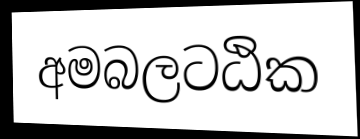
අමබලටඨික